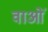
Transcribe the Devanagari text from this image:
वाओं